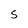
Character: S